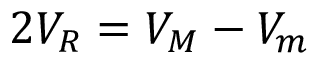
2 V _ { R } = V _ { M } - V _ { m }